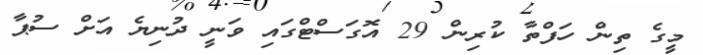
މީގެ ތިން ހަފްތާ ކުރިން 29 އޮގަސްޓްގައި ވަނީ ދުނިޔެ އަށް ސުޕާ